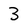
Character: 3